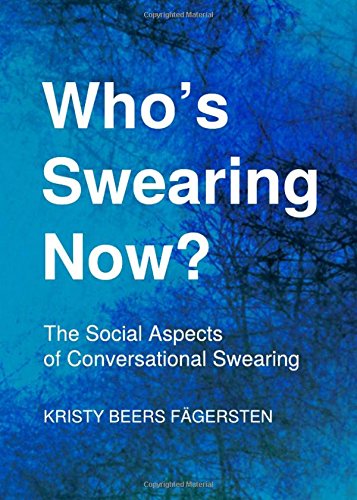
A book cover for Who's Swearing Now? The Social Aspects of Conversational Swearing; Kristy Beers Fagersten; Politics & Social Sciences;